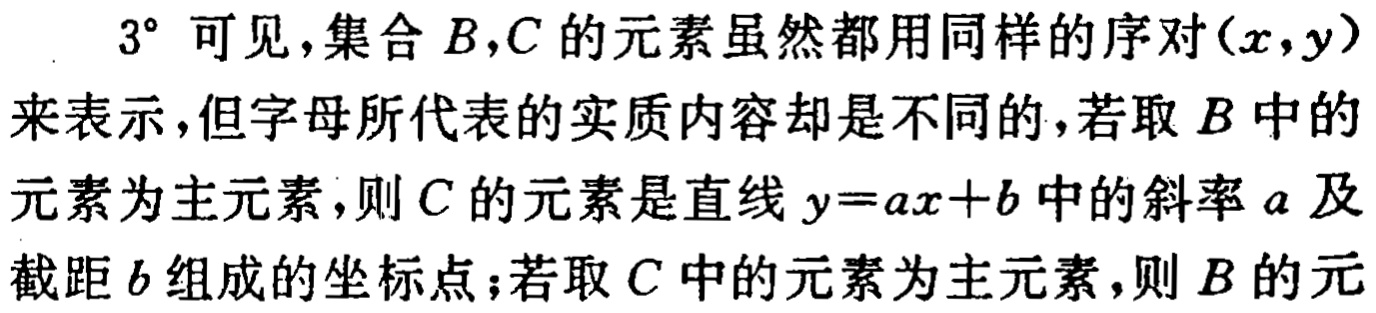
$3^{\circ}$ 可见，集合 \(B,C\) 的元素虽然都用同样的序对 \((x,y)\) 来表示，但字母所代表的实质内容却是不同的，若取 \(B\) 中的元素为主元素，则 \(C\) 的元素是直线 \(y = ax + b\) 中的斜率 \(a\) 及截距 \(b\) 组成的坐标点；若取 \(C\) 中的元素为主元素，则 \(B\) 的元